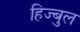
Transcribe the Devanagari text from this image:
हिज्बुल